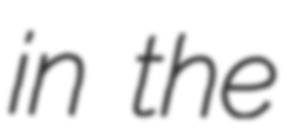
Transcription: in the